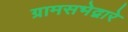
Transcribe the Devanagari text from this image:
ग्रामसभेद्वारे